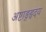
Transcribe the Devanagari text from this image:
अष्टाङ्गहृदय